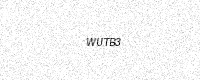
Text: WUTB3